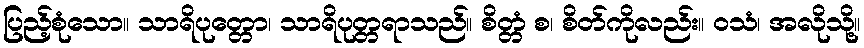
ပြည့်စုံသော။ သာရိပုတ္တော၊ သာရိပုတ္တရာသည်။ စိတ္တံ စ၊ စိတ်ကိုလည်း။ ဝသံ၊ အလိုသို့။